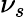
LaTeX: \nu_{s}